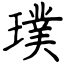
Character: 璞